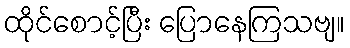
ထိုင်စောင့်ပြီး ပြောနေကြသဗျ။